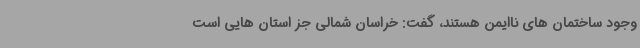
وجود ساختمان های ناایمن هستند، گفت: خراسان شمالی جز استان هایی است